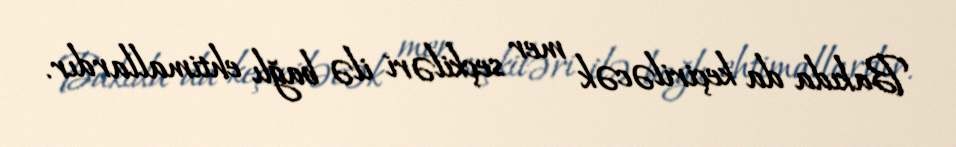
Bakıda da keçiriləcək mer seçkiləri ilə bağlı ehtimallardır.